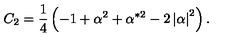
C _ { 2 } = \frac 1 4 \left( - 1 + \alpha ^ { 2 } + \alpha ^ { * 2 } - 2 \left| \alpha \right| ^ { 2 } \right) .